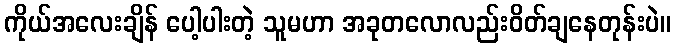
ကိုယ်အလေးချိန် ပေါ့ပါးတဲ့ သူမဟာ အခုတလောလည်းဝိတ်ချနေတုန်းပဲ။